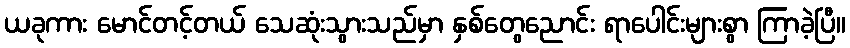
ယခုကား မောင်တင့်တယ် သေဆုံးသွားသည်မှာ နှစ်တွေညောင်း ရာပေါင်းများစွာ ကြာခဲ့ပြီ။